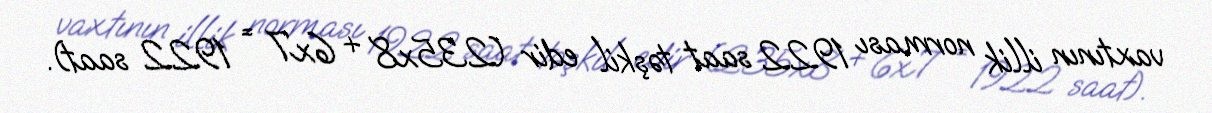
vaxtının illik norması 1922 saat təşkil edir (235x8 + 6x7 = 1922 saat).